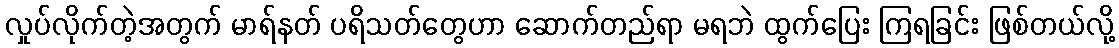
လှုပ်လိုက်တဲ့အတွက် မာရ်နတ် ပရိသတ်တွေဟာ ဆောက်တည်ရာ မရဘဲ ထွက်ပြေး ကြရခြင်း ဖြစ်တယ်လို့